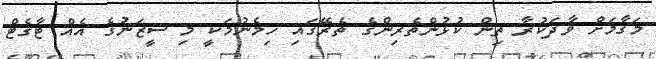
މަގާމަށް ވާދަކުރާ ތިން ކުޅުންތެރިންގެ ތެރޭގައި ހިމެނުމަކީ މި ސީޒަނުގެ އެއް ޓާގެޓް